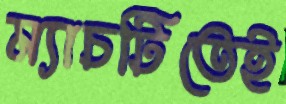
ম্যাচটিতেই